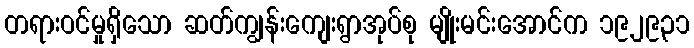
တရားဝင်မှုရှိသော ဆတ်ကျွန်းကျေးရွာအုပ်စု မျိုးမင်းအောင်က ၁၉၂၉၃၁